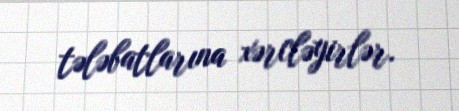
tələbatlarına xərcləyirlər.